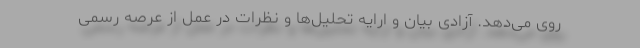
روی می‌دهد. آزادی بیان و ارایه تحلیل‌ها و نظرات در عمل از عرصه رسمی